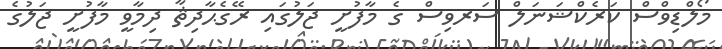
މޯލްޑިވްސް ކަރެކްޝަނަލް ސަރވިސް ގެ މާފުށީ ޖަލުގައި ރޭގެޙާދިޘާ ދިމާވީ މާފުށީ ޖަލުގެ